Madras plague regulations and rules - Volume 2
Disease focus: Plague
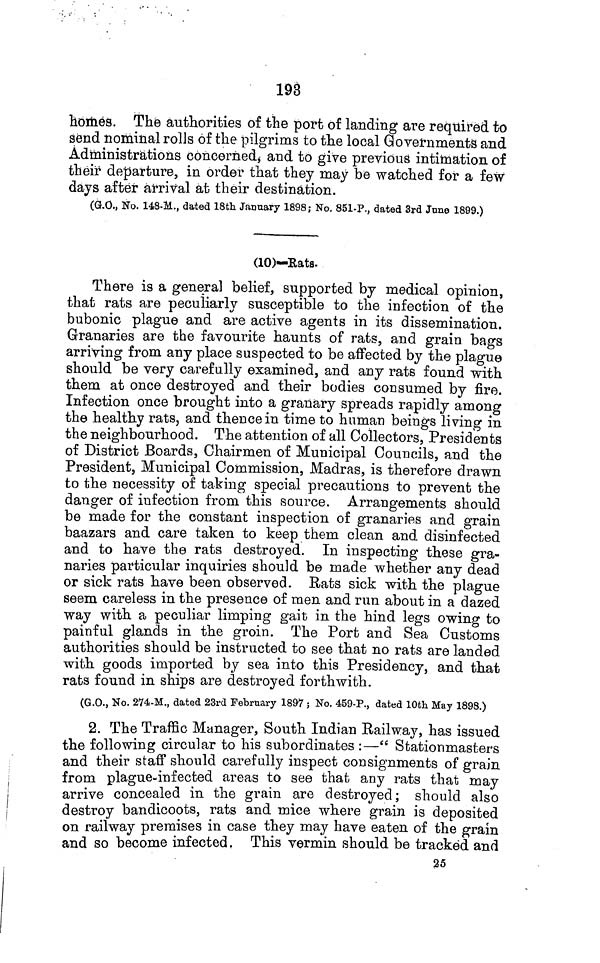
193
homes. The authorities of the port of landing are required to
send nominal rolls of the pilgrims to the local Governments and
Administrations concerned, and to give previous intimation of
their departure, in order that they may be watched for a few
days after arrival at their destination.
(G.O., No. 148-M., dated 18th January 1898; No. 851-P., dated 3rd June 1899.)
(10)—Rats.
There is a general belief, supported by medical opinion,
that rats are peculiarly susceptible to the infection of the
bubonic plague and are active agents in its dissemination.
Granaries are the favourite haunts of rats, and grain bags
arriving from any place suspected to be affected by the plague
should be very carefully examined, and any rats found with
them at once destroyed and their bodies consumed by fire.
Infection once brought into a granary spreads rapidly among
the healthy rats, and thence in time to human beings living in
the neighbourhood. The attention of all Collectors, Presidents
of District Boards, Chairmen of Municipal Councils, and the
President, Municipal Commission, Madras, is therefore drawn
to the necessity of taking special precautions to prevent the
danger of infection from this source. Arrangements should
be made for the constant inspection of granaries and grain
baazars and care taken to keep them clean and disinfected
and to have the rats destroyed. In inspecting these gra-
naries particular inquiries should be made whether any dead
or sick rats have been observed. Rats sick with the plague
seem careless in the presence of men and run about in a dazed
way with a peculiar limping gait in the hind legs owing to
painful glands in the groin. The Port and Sea Customs
authorities should be instructed to see that no rats are landed
with goods imported by sea into this Presidency, and that
rats found in ships are destroyed forthwith.
(G.O., No. 274-M., dated 23rd February 1897 ; No. 459-P., dated 10th May 1898.)
2. The Traffic Manager, South Indian Railway, has issued
the following circular to his subordinates :—" Stationmasters
and their staff should carefully inspect consignments of grain
from plague-infected areas to see that any rats that may
arrive concealed in the grain are destroyed; should also
destroy bandicoots, rats and mice where grain is deposited
on railway premises in case they may have eaten of the grain
and so become infected, This vermin should be tracked and
25